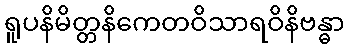
ရူပနိမိတ္တနိကေတဝိသာရဝိနိဗန္ဓာ